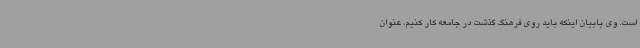
است. وی بابیان اینکه باید روی فرهنگ گذشت در جامعه کار کنیم، عنوان